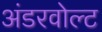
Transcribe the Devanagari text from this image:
अंडरवोल्ट